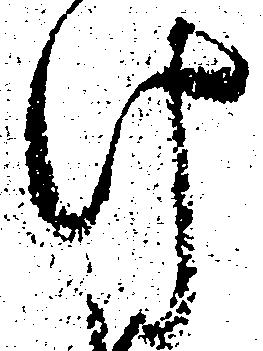
け